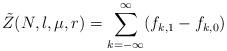
LaTeX: \begin{align*}\tilde Z(N,l,\mu,r)=\sum_{k=-\infty}^\infty (f_{k,1}-f_{k,0})\end{align*}